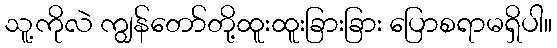
သူ့ကိုလဲ ကျွန်တော်တို့ထူးထူးခြားခြား ပြောစရာမရှိပါ။